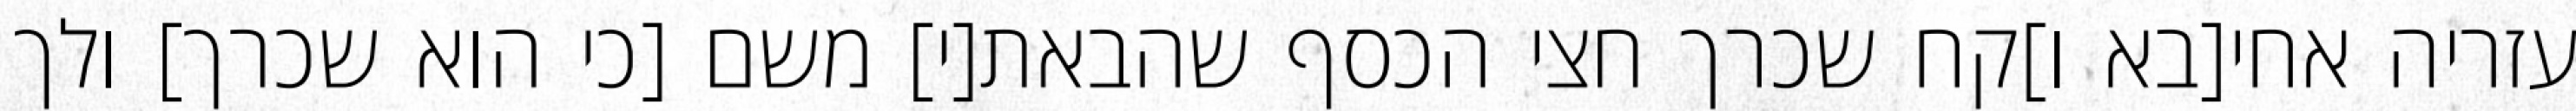
עזריה אחי[בא ו]קח שכרך חצי הכסף שהבאת[י] משם [כי הוא שכרך] ולך